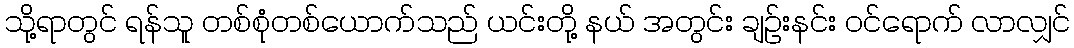
သို့ရာတွင် ရန်သူ တစ်စုံတစ်ယောက်သည် ယင်းတို့ နယ် အတွင်း ချဉ်းနင်း ဝင်ရောက် လာလျှင်